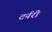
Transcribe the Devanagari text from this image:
टर्नरी